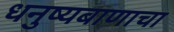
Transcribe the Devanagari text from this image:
धनुष्यबाणाचा